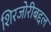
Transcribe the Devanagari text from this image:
शिरजोरीबद्दल